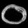
Digit: ၀